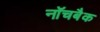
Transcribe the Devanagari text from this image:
नॉचबैक